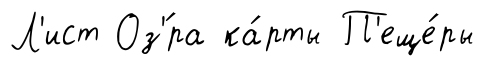
Л'ист Оз'́ра ка́рты П'еще́ры